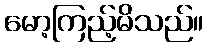
မော့ကြည့်မိသည်။